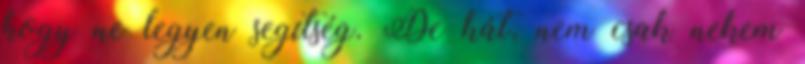
hogy ne legyen segítség. De hát, nem csak nekem